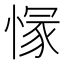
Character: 𱞿